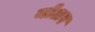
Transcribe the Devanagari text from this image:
जोअर